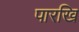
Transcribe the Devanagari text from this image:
पारखि